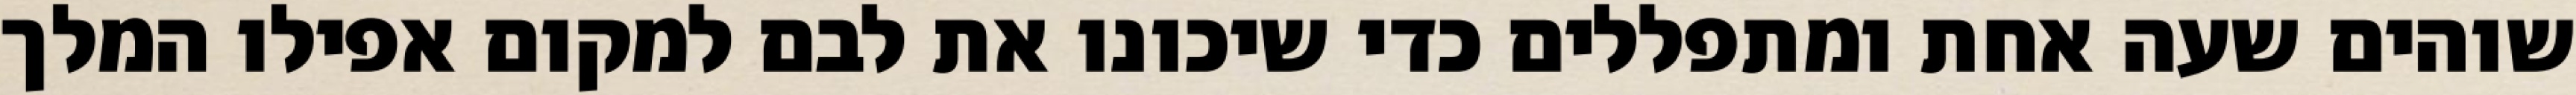
שוהים שעה אחת ומתפללים כדי שיכונו את לבם למקום אפילו המלך